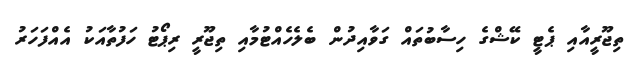
ތިޖޫރީއާއި ޕެޓީ ކޭޝްގެ ހިސާބުތައް ގަވާއިދުން ބެލެހެއްޓުމާއި ތިޖޫރީ ރިޕޯޓު ހަފުތާއަކު އެއްފަހަރު